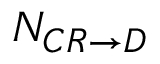
N _ { C R \rightarrow D }